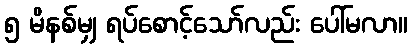
၅ မိနစ်မျှ ရပ်စောင့်သော်လည်း ပေါ်မလာ။